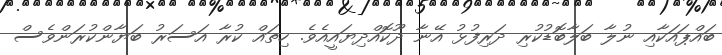
ބައްޕައަކާއި ނުލާ ބަލާބޮޑުކުރި ދަރިފުޅު އޭނާ ދޫކޮއްދިޔައީއެވެ. ހިތައް ކުރާ އަސަރު ބަޔާންކުރަންވެސް